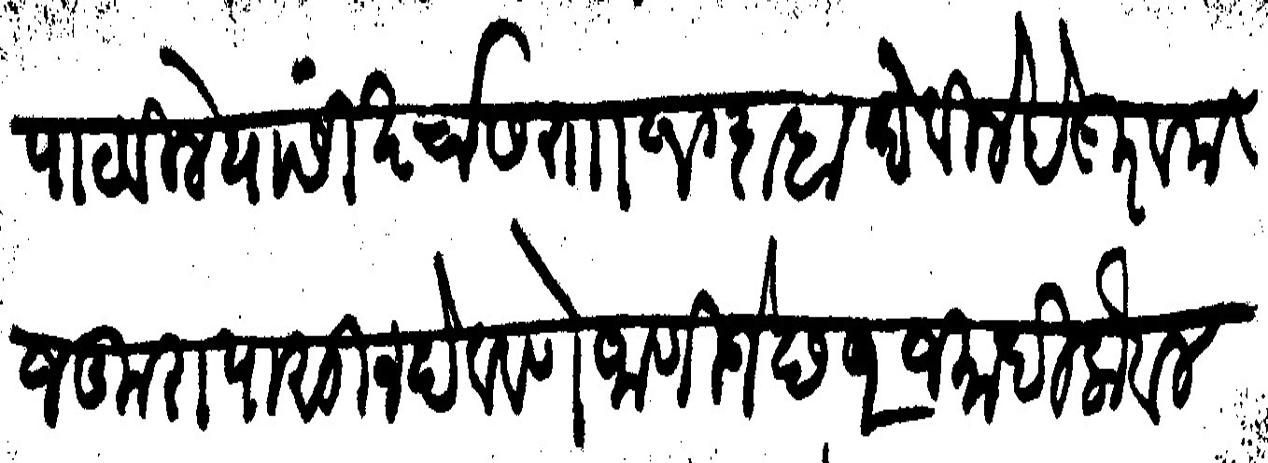
Transliteration (Devanagari): पाठविले यांसी खर्चास रा १० दाहा देविले हे गुरव मजकुरापासोन देववणे जाणिजे छ २ जमादिलोवल